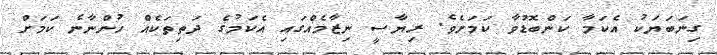
ގިނަބަޔަކު އެކަމާ ކަންބޮޑުވާ ކަމަށެވެ. ރިޔާސީ ނިޒާމެއްގައި އެކަމުގެ ދަތިތަކެއް ހުންނާނެ ކަމަށް